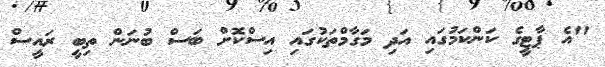
"އެ ޕާޓީގެ ކަންކަމުގައި އަދި މަގާމްތަކުގައި އިސްކޮށް ބަސް ބުނަން ތިބީ ރައީސް